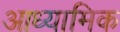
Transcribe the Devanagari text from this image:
आध्‍यामिक